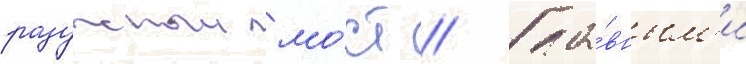
радужныи мо́ст // Гла́вным'и